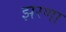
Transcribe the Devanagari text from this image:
झरणा